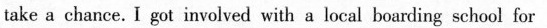
take a chance._I got invobed with a lucal boarding sehool for